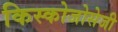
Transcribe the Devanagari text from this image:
किस्कोजोसेजी